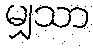
မျှသာ